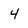
Character: 4